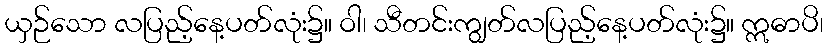
ယှဉ်သော လပြည့်နေ့ပတ်လုံး၌။ ဝါ၊ သီတင်းကျွတ်လပြည့်နေ့ပတ်လုံး၌။ ဣဓာပိ၊